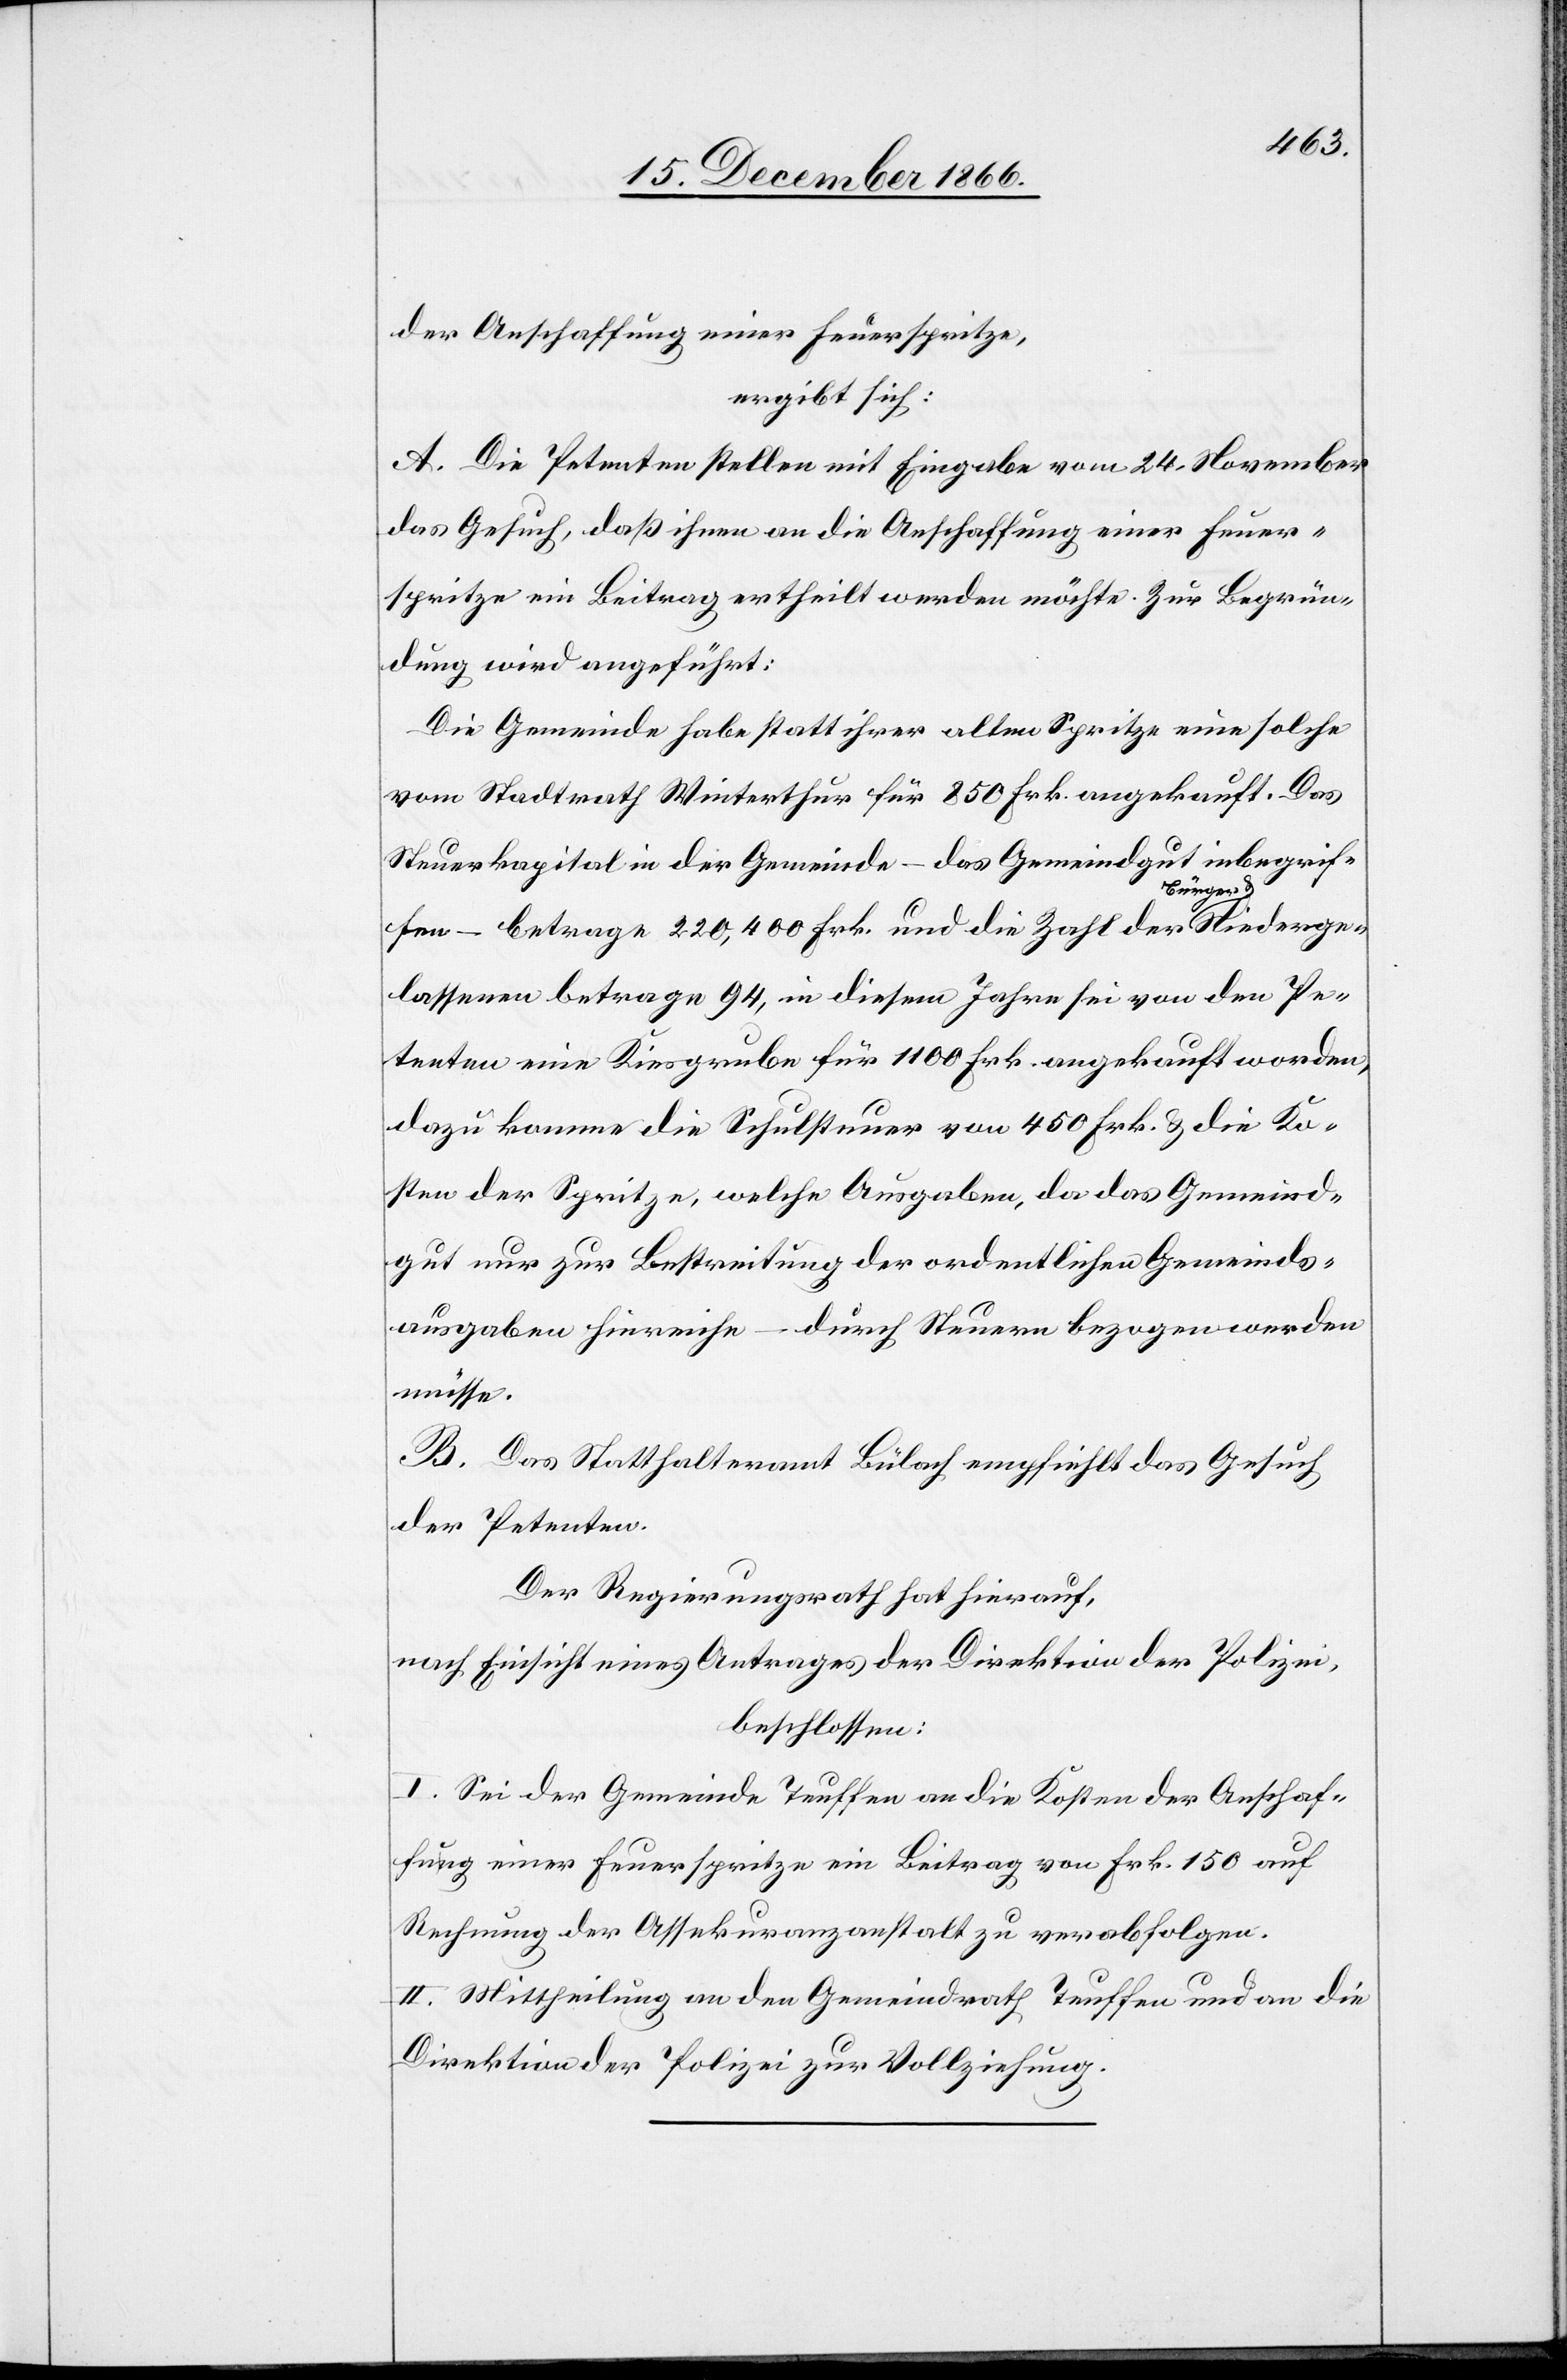
der Anschaffung einer Feuerspritze,
ergibt sich:
A. Die Petenten stellen mit Eingabe vom 24. November
das Gesuch, daß ihnen an die Anschaffung einer Feuer¬
spritze ein Beitrag ertheilt werden möchte. Zur Begrün¬
dung wird angeführt:
Die Gemeinde habe statt ihrer alten Spritze eine solche
vom Stadtrath Winterthur für 850 Frk. angekauft. Das
Steuerkapital in der Gemeinde – das Gemeindgut inbegrif¬
Niederge¬
fen – betrage 220 400 Frk. und die Zahl der Bürger
lassenen betrage 94, in diesem Jahre sei von den Pe¬
tenten eine Kiesgrube für 1100 Frk. angekauft worden,
dazu komme die Schulsteuer von 450 Frk. & die Ko¬
sten der Spritze, welche Ausgaben, da das Gemeind¬
gut nur zur Bestreitung der ordentlichen Gemeinds¬
ausgaben hinreiche – durch Steuern bezogen werden
müsse,
B. Das Statthalteramt Bülach empfiehlt das Gesuch
der Petenten.
Der Regierungsrath hat hierauf,
nach Einsicht eines Antrages der Direktion der Polizei,
beschlossen:
I. Sei der Gemeinde Teuffen an die Kosten der Anschaf¬
fung einer Feuerspritze ein Beitrag von Frk. 150 auf
Rechnung der Assekuranzanstalt zu verabfolgen.
II. Mittheilung an den Gemeindrath Teuffen und an die
Direktion der Polizei zur Vollziehung.